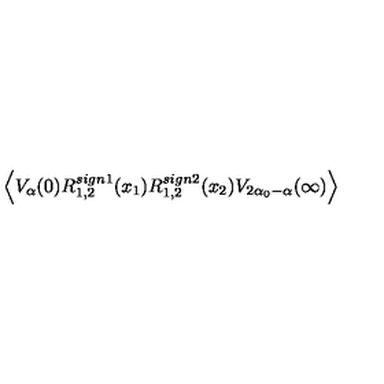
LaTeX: \left\langle V _ { \alpha } ( 0 ) R _ { 1 , 2 } ^ { s i g n 1 } ( x _ { 1 } ) R _ { 1 , 2 } ^ { s i g n 2 } ( x _ { 2 } ) V _ { 2 \alpha _ { 0 } - \alpha } ( \infty ) \right\rangle